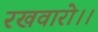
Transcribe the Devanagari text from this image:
रखवारो।।